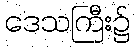
ဒေသကြီး၌